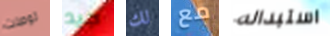
توصلت جيد لك مع استبداله